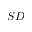
S D